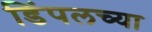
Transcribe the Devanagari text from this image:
डिंपलच्या